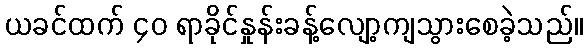
ယခင်ထက် ၄၀ ရာခိုင်နှုန်းခန့်လျော့ကျသွားစေခဲ့သည်။